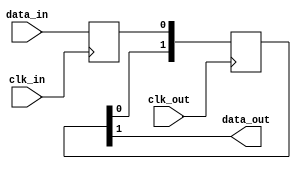
module io_synchroniser (
    input  wire clk_in, 
    input  wire clk_out, 
    input  wire data_in, 
    output wire data_out);

    (* keep = "true" *) reg data_cross;
    (* async_reg = "true" *) reg [1:0] meta;
        
    always @(posedge clk_in)
        data_cross <= data_in;
        
    always @(posedge clk_out) begin
        meta[0] <= data_cross;
        meta[1] <= meta[0];
    end
    
    assign data_out = meta[1];
          
endmodule